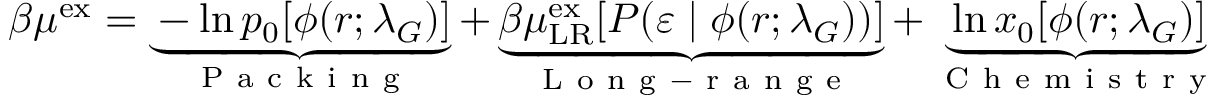
\begin{array} { r } { \beta \mu ^ { \mathrm { { e x } } } = \underbrace { - \ln p _ { 0 } [ \phi ( r ; \lambda _ { G } ) ] } _ { \mathrm { ~ P ~ a ~ c ~ k ~ i ~ n ~ g ~ } } + \underbrace { \beta \mu _ { \mathrm { { L R } } } ^ { \mathrm { { e x } } } [ P ( \varepsilon \; | \; \phi ( r ; \lambda _ { G } ) ) ] } _ { \mathrm { ~ L ~ o ~ n ~ g ~ - ~ r ~ a ~ n ~ g ~ e ~ } } + \underbrace { \ln x _ { 0 } [ \phi ( r ; \lambda _ { G } ) ] } _ { \mathrm { ~ C ~ h ~ e ~ m ~ i ~ s ~ t ~ r ~ y ~ } } } \end{array}